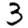
Digit: 3